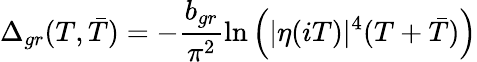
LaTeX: \Delta_{gr}(T,\bar{T})=-\frac{b_{gr}}{\pi^{2}}\ln\Big(|\eta(iT)|^{4}(T+\bar{T})\Big)